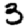
Digit: 3